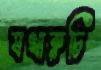
যথারুচি